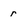
Character: r